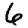
Digit: 6